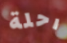
رحلة